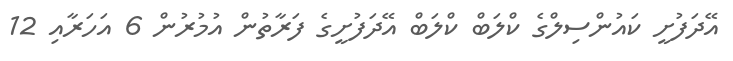
އޭދަފުށީ ކައުންސިލްގެ ކްލަބް ކްލަބް އޭދަފުށީގެ ފަރާތުން އުމުރުން 6 އަހަރާއި 12